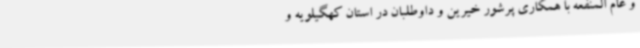
و عام المنفعه با همکاری پرشور خیرین و داوطلبان در استان کهگیلویه و